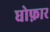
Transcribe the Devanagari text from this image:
धोफ़ार